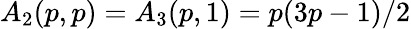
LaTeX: A_{2}(p,p)=A_{3}(p,1)=p(3p-1)/2